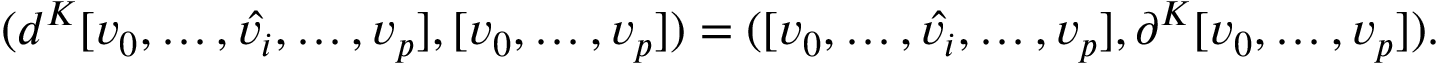
( d ^ { K } [ v _ { 0 } , \dots , \hat { v _ { i } } , \dots , v _ { p } ] , [ v _ { 0 } , \dots , v _ { p } ] ) = ( [ v _ { 0 } , \dots , \hat { v _ { i } } , \dots , v _ { p } ] , \partial ^ { K } [ v _ { 0 } , \dots , v _ { p } ] ) .